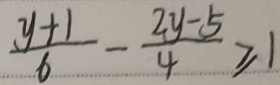
\frac { y + 1 } { 6 } - \frac { 2 y - 5 } { 4 } \geq 1